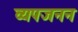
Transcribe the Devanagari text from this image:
व्‍यपजनन